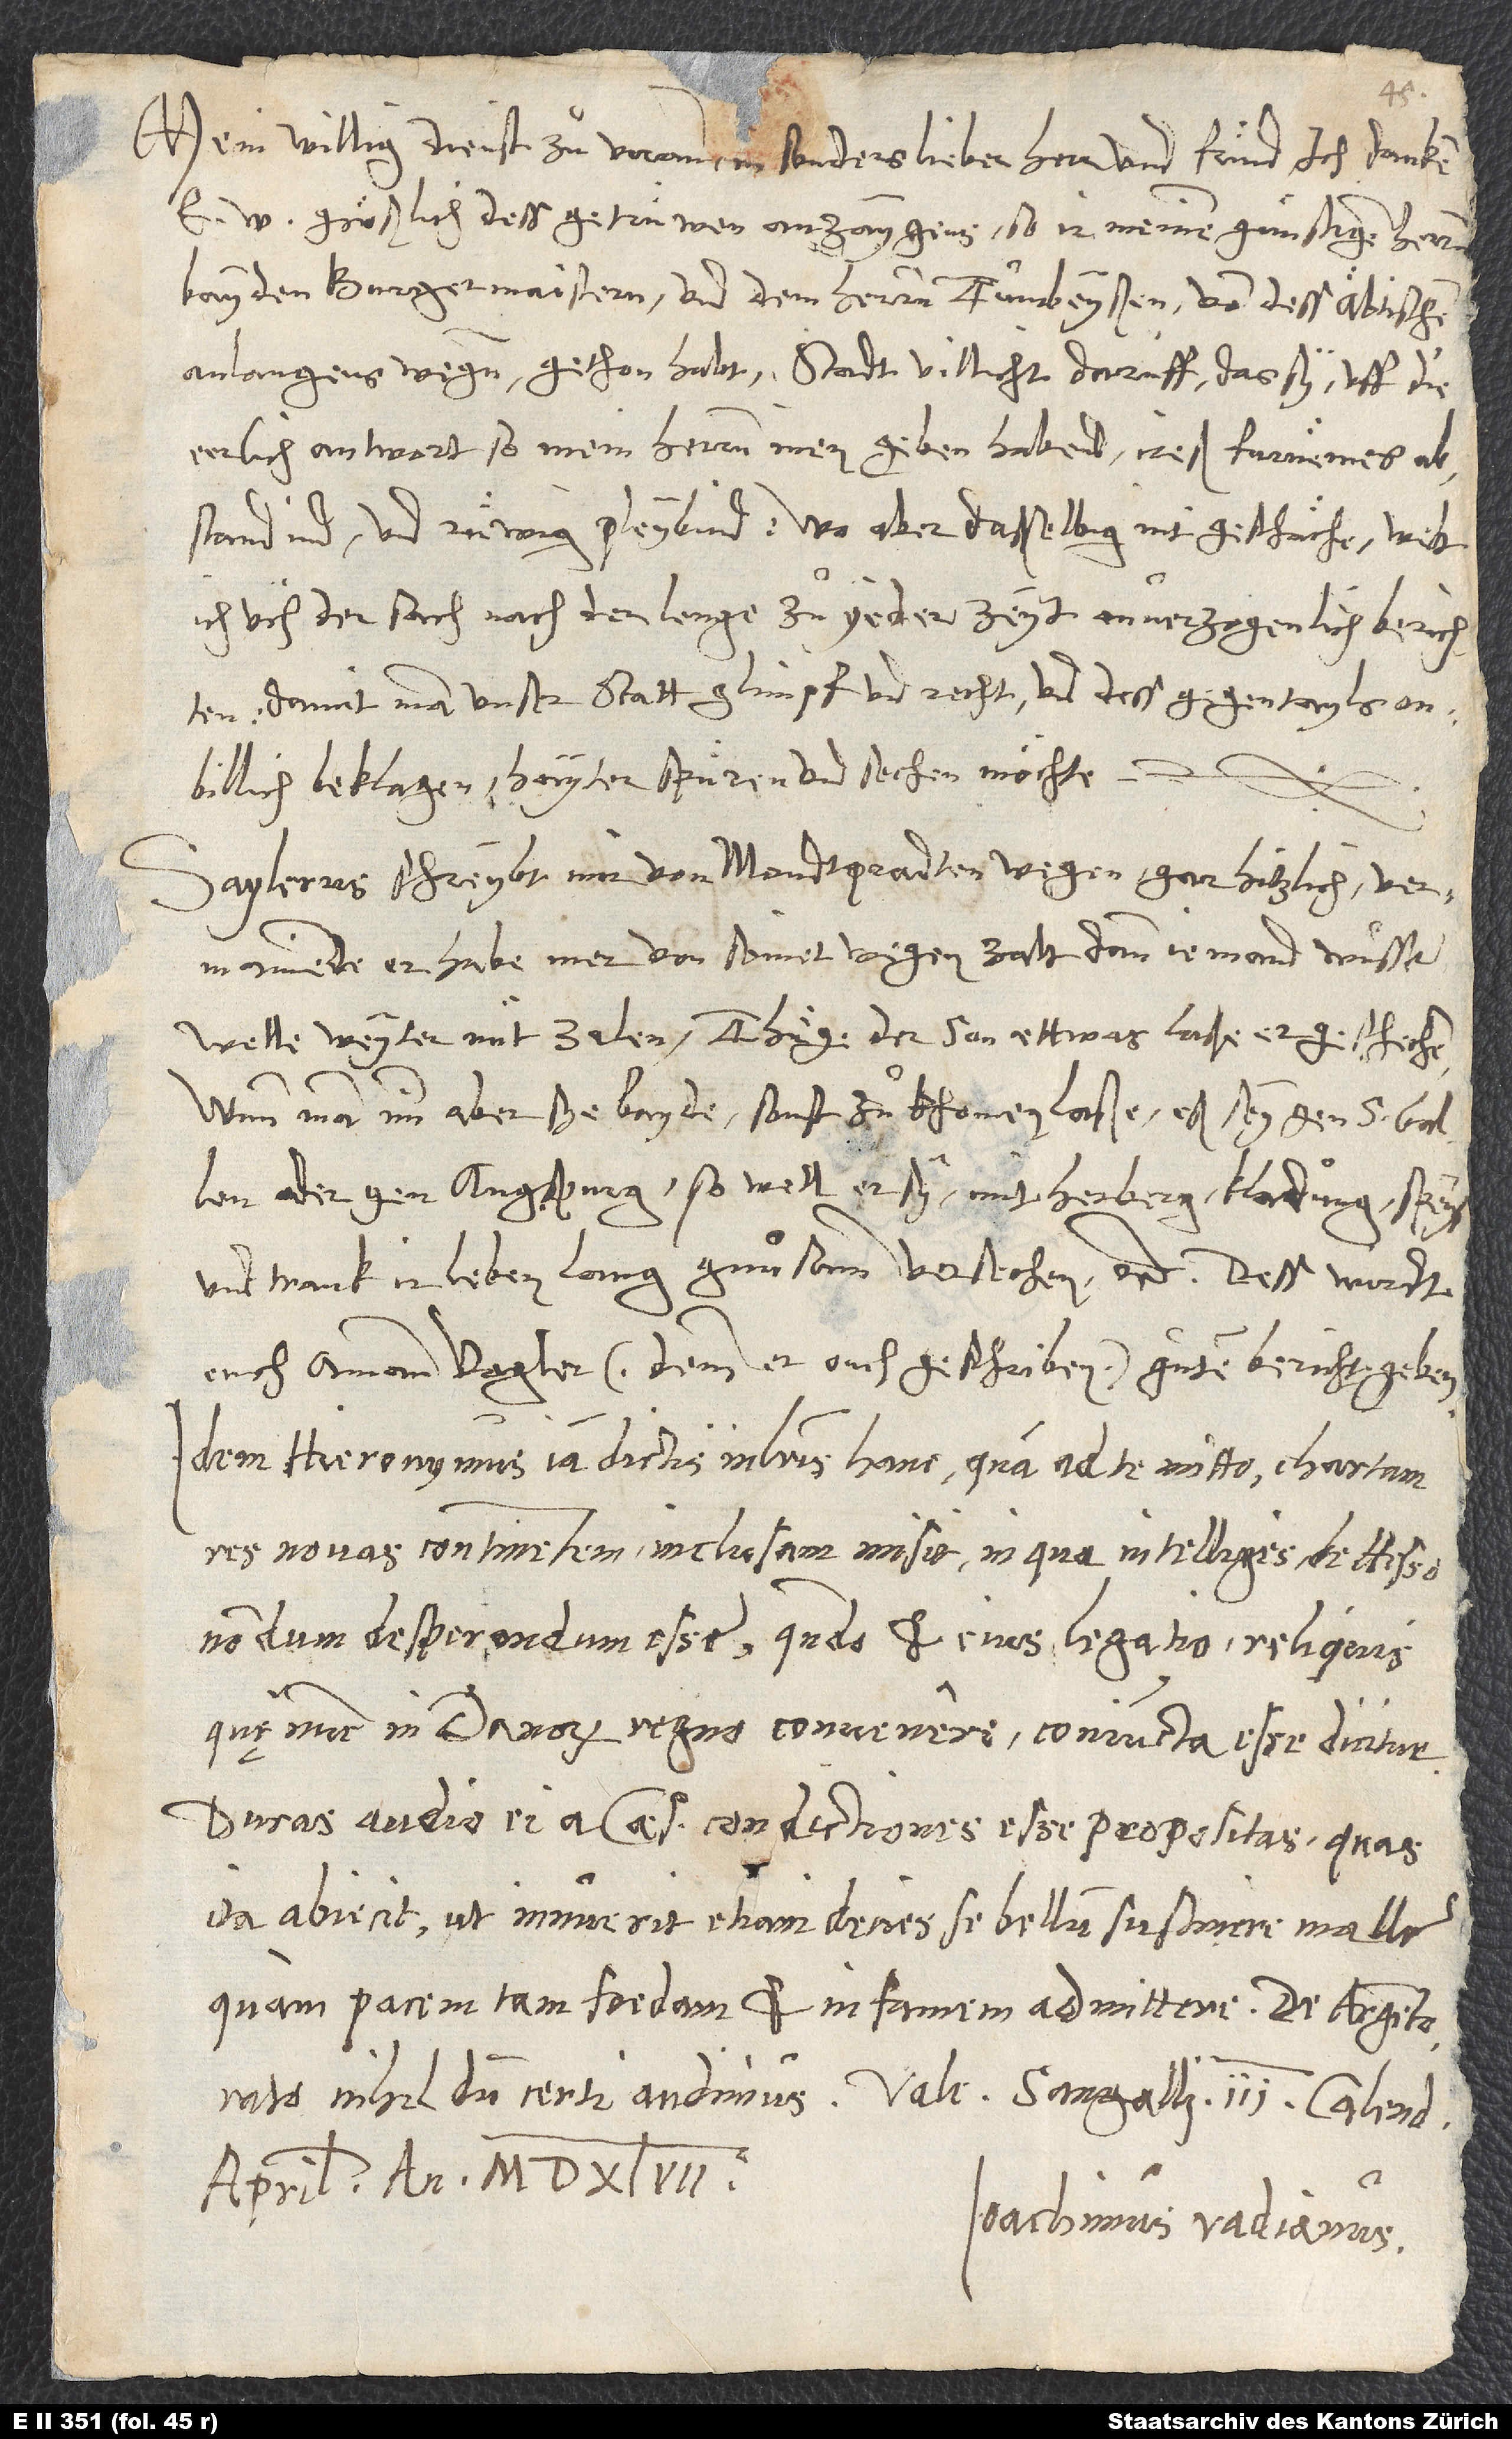
Mein willig dienst zuͦvoran. Insonders lieber herr und fründ, ich danken
abstandind und ruͤwig pleybind. Wo aber dasselbig nit geschäche, welt
ich üch der sach nach der lenge zuͦ yeder zeyt onverzogenlich berichten,
damit man unser statt glimpf und recht und dess gegentayls
onbillich beklagen hayter spuͤren und sechen möchte.
Saylerus schreybt mir von Mondtpradten wegen gar hitzlich, vermainende,
Welle weyter nüt zalen. Thuͤge der son ettwas, laße er geschechen.
Wann man imm aber sye bayde sonst zuͦkhomen laße, eß sey gen S. Gallen
oder gen Augspurg, so well er sy mit herberg, kladung, speys
und trank ir leben lang gnuͦsam versechen, etc. Dess wirdt
euch amman Vogler (demm er ouch geschriben) guͦten bericht geben.
Idem Hieronymus iam dictis in literis hanc, quam ad te mitto, chartam
res novas continentem inclusam misit, in qua intelliges, de Hesso
nondum desperandum esse, quando et eius legatio reliquis,
quę nunc in Danorum regno convenere, coniuncta esse dicitur.
Duras audio ei a caesare conditiones esse propositas, quas
ita abiecit, ut innuerit, etiam decies se bellum sustinere malle,
quam pacem tam foedam et infamem admittere.
aprilis, anno 1547.
Ioachimus Vadianus.